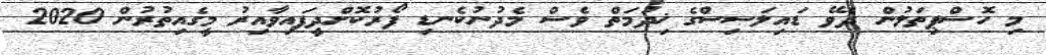
މި ހޮސްޕިތަލުން ދެވޭ ޑައިލަސިސްގެ ޚިދުމަތް ވެސް މެދުނުކެނޑި ފޯރުކޮށްދީފައިވާއިރު މީގެއިތުރުން 2020